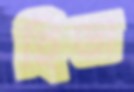
হিডা